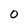
Character: 0